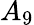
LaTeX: A_{9}